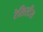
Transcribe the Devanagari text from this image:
रेसिस्टैंस